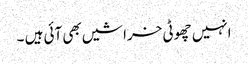
انہیں چھوٹی خراشیں بھی آئی ہیں ۔